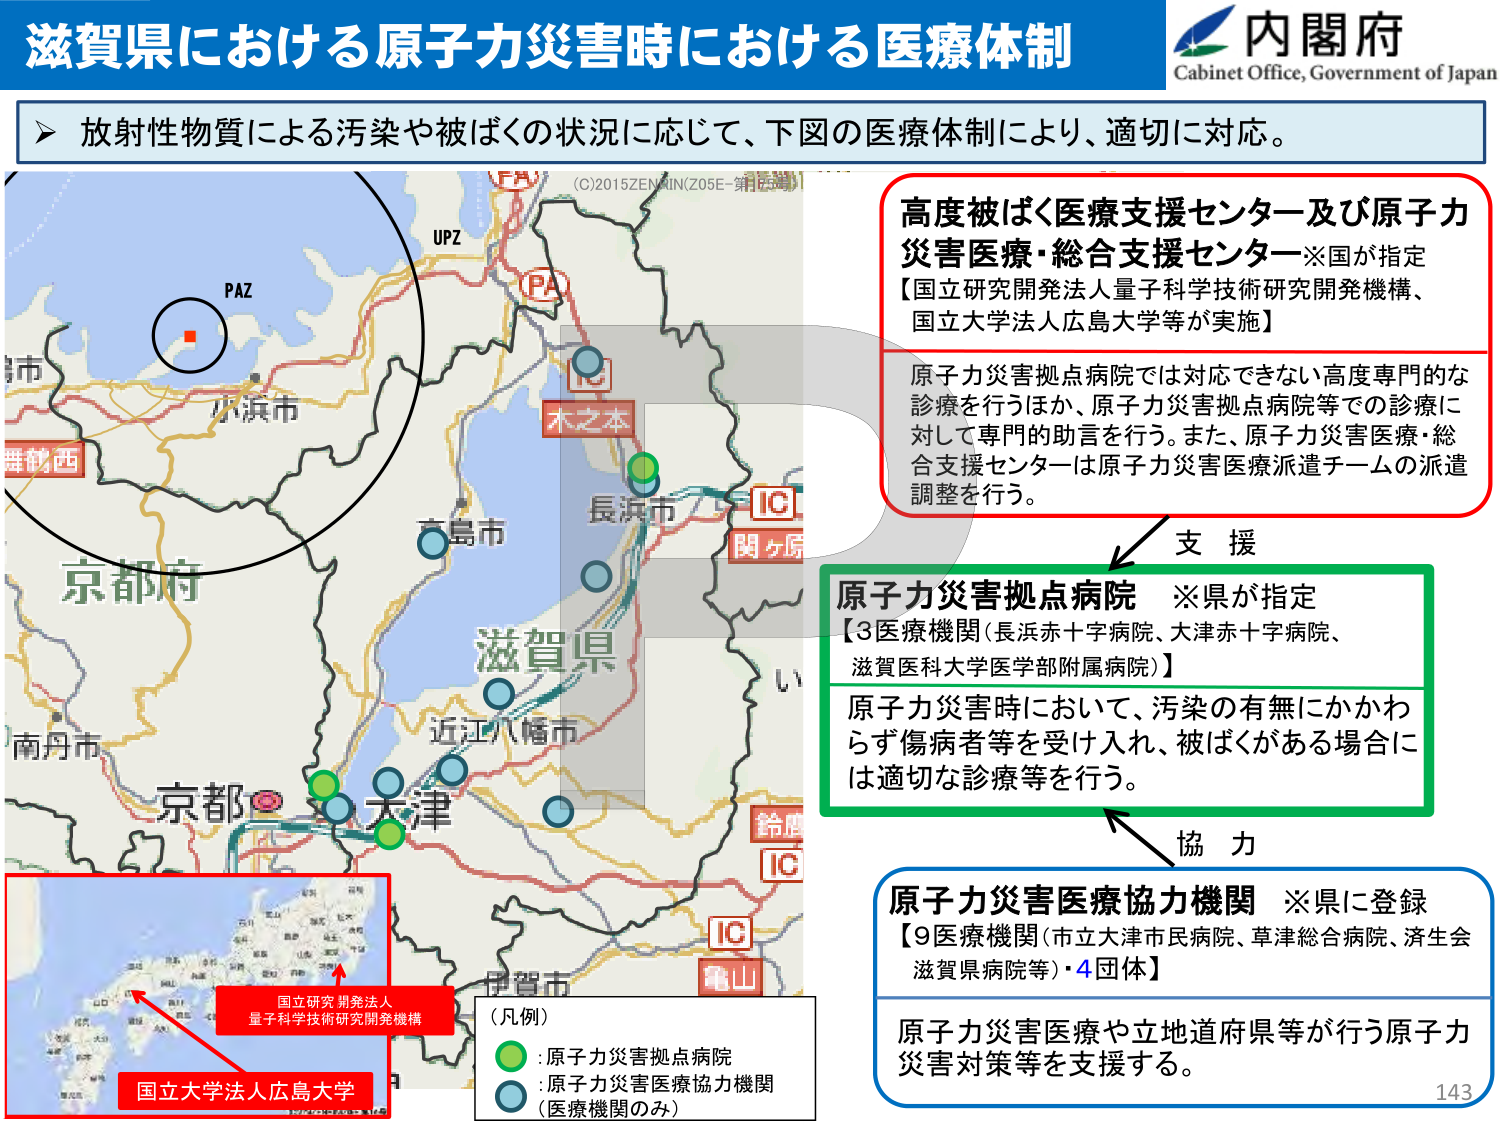
滋賀県における原子力災害時における医療体制
内閣府
Cabinet Office, Government of Japan

▶ 放射性物質による汚染や被ばくの状況に応じて、下図の医療体制により、適切に対応。

(C)2015ZENRIN(Z05E-第1版)

PAZ
UPZ
PA
IC
木之本
長浜市
IC
関ヶ原
滋賀県
近江八幡市
京都市
大津
IC
鈴鹿
IC
亀山
伊賀市
南丹市
京都府
舞鶴西
小浜市
高島市

高度被ばく医療支援センター及び原子力災害医療・総合支援センター※国が指定
【国立研究開発法人量子科学技術研究開発機構、国立大学法人広島大学等が実施】
原子力災害拠点病院では対応できない高度専門的な診療を行うほか、原子力災害拠点病院等での診療に対して専門的助言を行う。また、原子力災害医療・総合支援センターは原子力災害医療派遣チームの派遣調整を行う。

支援

原子力災害拠点病院 ※県が指定
【3医療機関（長浜赤十字病院、大津赤十字病院、滋賀医科大学医学部附属病院）】
原子力災害時において、汚染の有無にかかわらず傷病者等を受け入れ、被ばくがある場合には適切な診療等を行う。

協力

原子力災害医療協力機関 ※県に登録
【9医療機関（市立大津市民病院、草津総合病院、済生会滋賀県病院等）・4団体】
原子力災害医療や立地道府県等が行う原子力災害対策等を支援する。

（凡例）
● : 原子力災害拠点病院
● : 原子力災害医療協力機関
（医療機関のみ）

国立研究開発法人
量子科学技術研究開発機構
国立大学法人広島大学

143